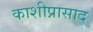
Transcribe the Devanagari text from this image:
काशीप्रासाद